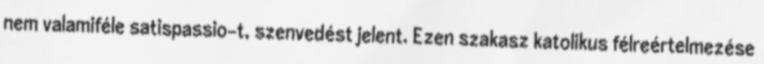
nem valamiféle satispassio-t, szenvedést jelent. Ezen szakasz katolikus félreértelmezése